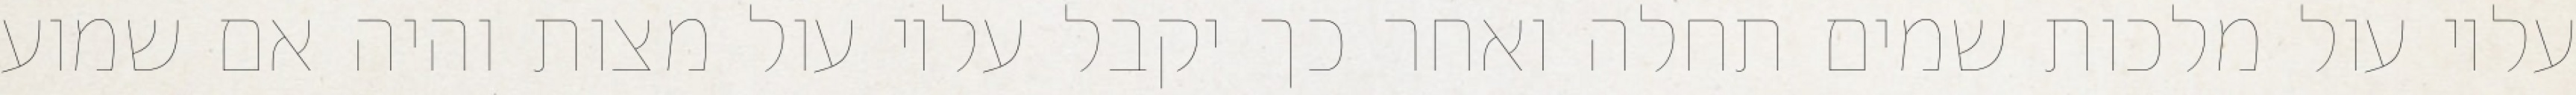
עליו עול מלכות שמים תחלה ואחר כך יקבל עליו עול מצות והיה אם שמוע